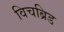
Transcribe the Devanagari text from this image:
विचब्रिड